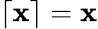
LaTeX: \lceil\mathbf{x}\rceil=\mathbf{x}